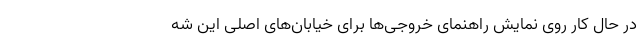
در حال کار روی نمایش راهنمای خروجی‌ها برای خیابان‌های اصلی این شه